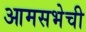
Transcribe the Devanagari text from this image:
आमसभेची